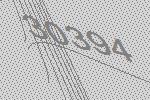
30394